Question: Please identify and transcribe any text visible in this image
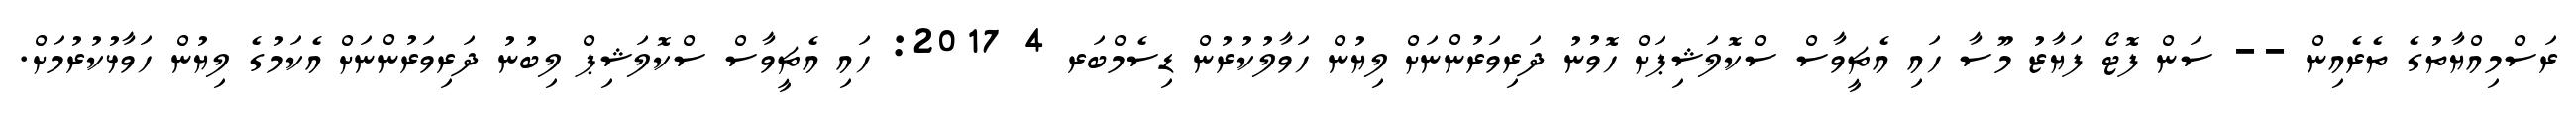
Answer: ރަސްމިއްޔާތުގެ ތެރެއިން -- ސަން ފޮޓޯ ފަޔާޒު މޫސާ ހައި އެޗީވާސް ސްކޮލަޝިޕަށް ހޮވުނު ދަރިވަރުންނަށް ލިޔުން ހަވާލުކުރުން ޑިސެމްބަރ 4 2017: ހައި އެޗީވާސް ސްކޮލަޝިޕް ލިބުނު ދަރިވަރުންނަށް އެކަމުގެ ލިޔުން ހަވާޅުކުރުމަށް.